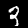
Label: 3